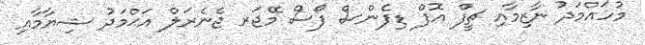
މުހައްމަދު ނާޒިމާއި ޗީފް އޮފް ޑިފެންސް ފޯސް މޭޖަރ ޖެނެރަލް އަޙްމަދު ޝިޔާމާއި